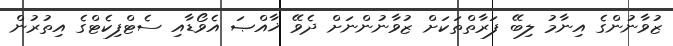
ޒުވާނުންގެ އިނާމު ލިބޭ ފަރާތްތަކަށް ޒުވާނުންނަށް ދެވޭ ޚާއްޞަ އެވޯޑާއި ސެޓްފިކެޓްގެ އިތުރުން